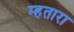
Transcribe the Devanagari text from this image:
म्हतारा